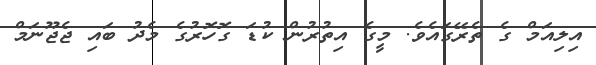
އިލިއަމް ގެ ތެރޭގައެވެ. މީގެ އިތުރުން ކުޑަ ގޮހޮރުގެ މެދު ބައި ޖެޖޫނަމް